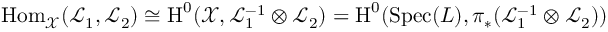
\operatorname { H o m } _ { \mathcal { X } } ( \mathcal { L } _ { 1 } , \mathcal { L } _ { 2 } ) \cong \operatorname { H } ^ { 0 } ( \mathcal { X } , \mathcal { L } _ { 1 } ^ { - 1 } \otimes \mathcal { L } _ { 2 } ) = \operatorname { H } ^ { 0 } ( \operatorname { S p e c } ( L ) , \pi _ { * } ( \mathcal { L } _ { 1 } ^ { - 1 } \otimes \mathcal { L } _ { 2 } ) )